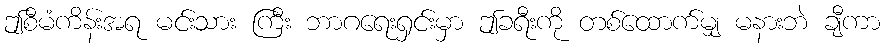
ဤစီမံကိန်းအရ မင်းသား ကြီး ဘာဂရေးရှင်းမှာ ဤခရီးကို တစ်ထောက်မျှ မနားဘဲ ချီကာ